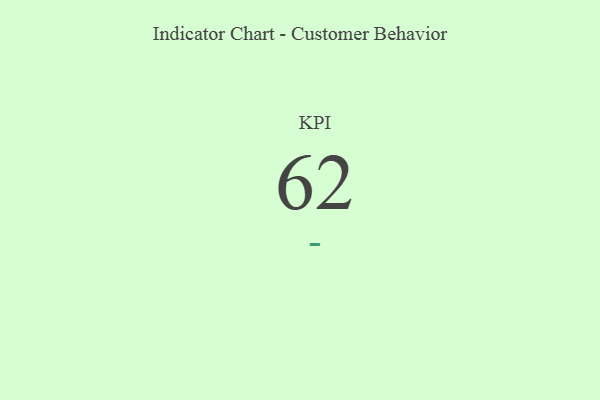
{"axis": {"x": "KPI", "y": "Value"}, "legend": [""], "data": [{"x": "KPI", "y": 62, "type": ""}]}